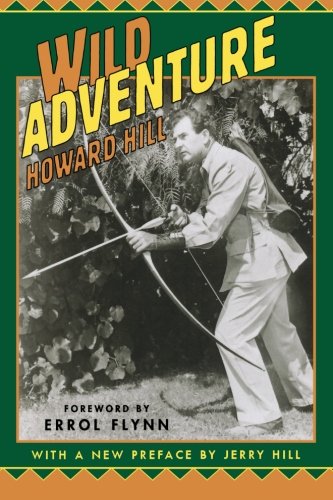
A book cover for Wild Adventure; Howard Hill; Sports & Outdoors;